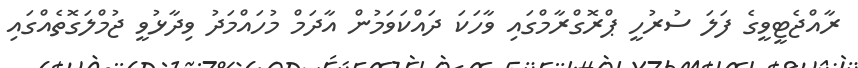
ރާއްޖެޓީވީގެ ފަލަ ސުރުހީ ޕްރޮގްރާމްގައި ވާހަކަަ ދައްކަވަމުން އާދަމް މުހައްމަދު ވިދާޅުވީ ޖުމްލަގޮތެއްގައި